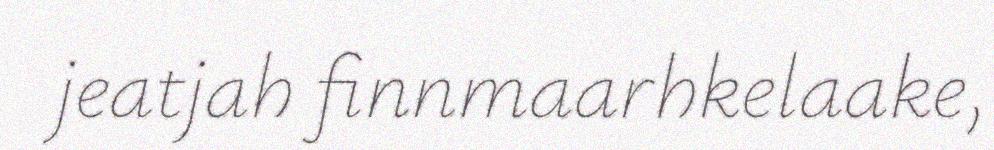
jeatjah finnmaarhkelaake,